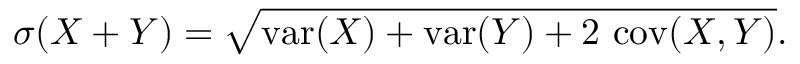
\sigma ( X + Y ) = { \sqrt { \operatorname { v a r } ( X ) + \operatorname { v a r } ( Y ) + 2 \, \operatorname { c o v } ( X , Y ) } } .